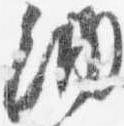
納